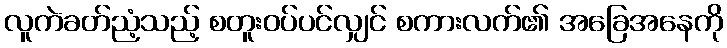
လူကဲခတ်ညံ့သည့် စတူးဝပ်ပင်လျှင် စကားလက်၏ အခြေအနေကို